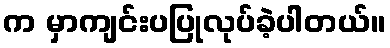
က မှာကျင်းပပြုလုပ်ခဲ့ပါတယ်။